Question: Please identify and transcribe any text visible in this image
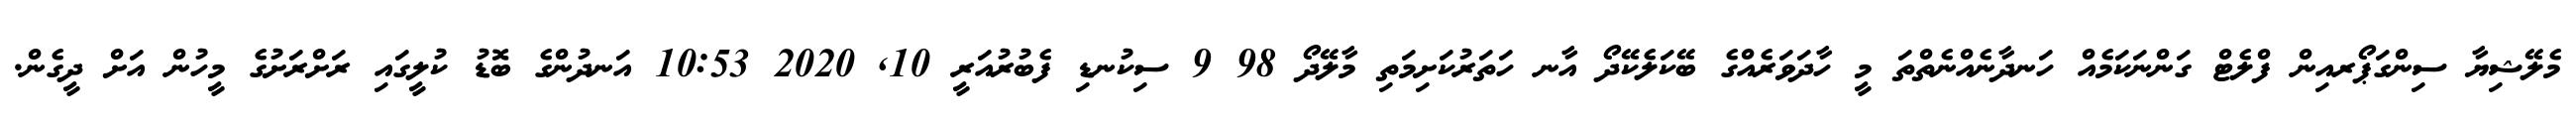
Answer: މެލޭޝިޔާ ސިންގަޕޯރއިން ފްލެޓް ގަންނަކަމެއް ހަނދާނެއްނެތްތަ މީ ހާދަވަރެއްގެ ބޭކަލެކޭދޯ އާނ ހަތަރުކަށިމަތި މާލޭދޯ 98 9 ސިކުނޑި ފެބުރުއަރީ 10, 2020 10:53 އަނދުންގެ ބޮޑު ކުލީގައި ރަށްރަށުގެ މީހުން އަށް ދީގެން.